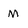
Character: M